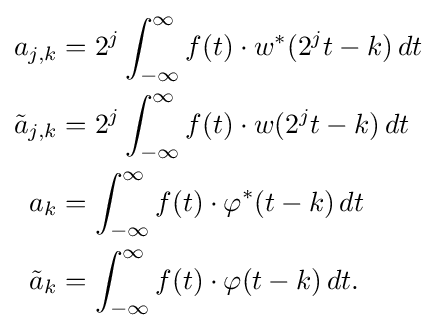
{\begin{aligned}a_{j,k}&{}=2^{j}\int _{-\infty }^{\infty }f(t)\cdot w^{*}(2^{j}t-k)\,dt\\{\tilde {a}}_{j,k}&{}=2^{j}\int _{-\infty }^{\infty }f(t)\cdot w(2^{j}t-k)\,dt\\a_{k}&{}=\int _{-\infty }^{\infty }f(t)\cdot \varphi ^{*}(t-k)\,dt\\{\tilde {a}}_{k}&{}=\int _{-\infty }^{\infty }f(t)\cdot \varphi (t-k)\,dt.\end{aligned}}